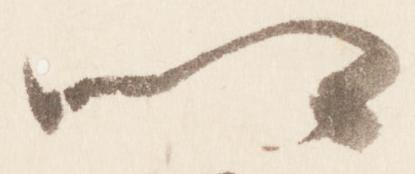
卿